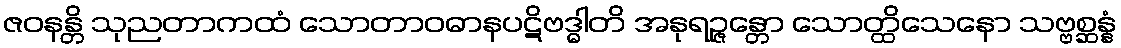
ဇဝနန္တိ သုညတာကထံ သောတာဝဓာနပဋိဗဒ္ဓါတိ အနုရဉ္ဇန္တော သောတ္ထိသေနော သဗ္ဗစ္ဆန္နံ